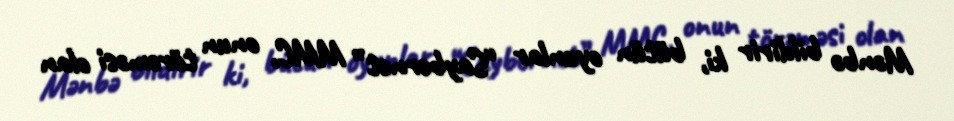
Mənbə bildirir ki, bütün oyunlar “Saybernet” MMC, onun törəməsi olan